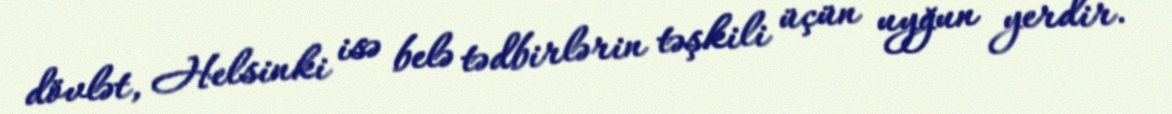
dövlət, Helsinki isə belə tədbirlərin təşkili üçün uyğun yerdir.